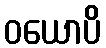
ဝယောပိ